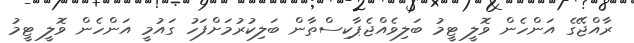
ރާއްޖޭގެ އަންހެން ވޮލީ ޓީމު ބަލިވެއްޖެޕާކިސްތާން ބަލިކުރުމަށްފަހު ގައުމީ އަންހެން ވޮލީ ޓީމު